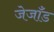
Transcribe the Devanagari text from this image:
जेजाँड